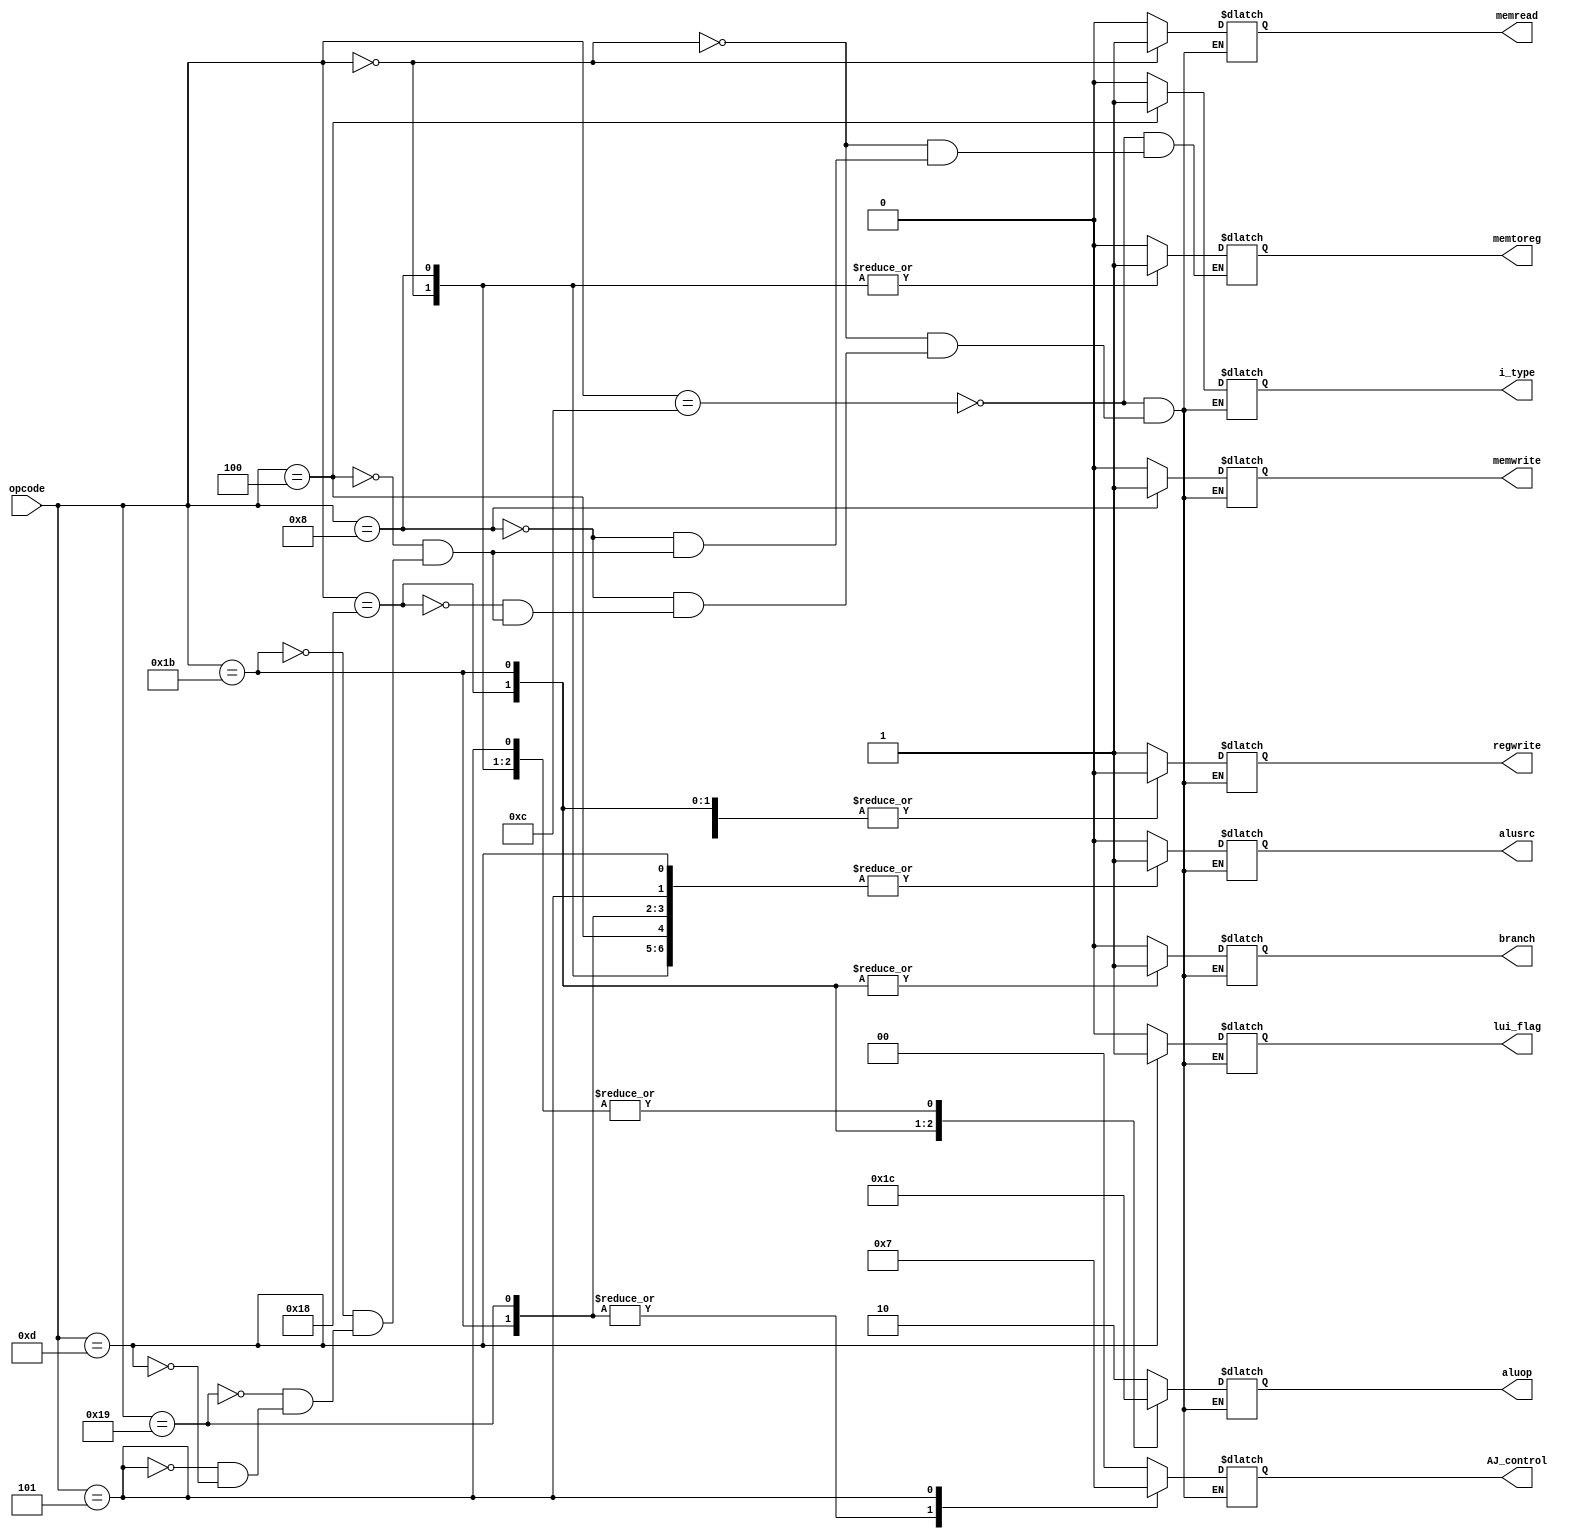
`timescale 1ns / 1ps

module Control_unit(input [6:2]opcode, output reg branch,
output reg  memread,output reg  memtoreg,
output reg [1:0]aluop,output reg memwrite, output reg  alusrc,output reg regwrite,
output reg i_type,
output reg [1:0] AJ_control,
output reg lui_flag 

);

always @(*)
begin
case(opcode) 
5'b01100 : 
begin 
 branch=0;
  memread=0;
   memtoreg=0;
 aluop=10;
  memwrite=0; 
   alusrc=0;
    regwrite=1;
i_type=0;
lui_flag=0;
AJ_control=2'b00;
end
5'b00000 :
begin 
 branch=0;
  memread=1;
   memtoreg=1;
 aluop=00;
  memwrite=0; 
   alusrc=1;
    regwrite=1;
i_type=0;
lui_flag=0;
AJ_control=2'b00;
end
5'b01000:
begin 
 branch=0;
  memread=0;
   memtoreg=1;
 aluop=00;
  memwrite=1; 
   alusrc=1;
    regwrite=0;
i_type=0;
lui_flag=0;
AJ_control=2'b00;
end
5'b11000:
begin 
 branch=1;
  memread=0;
  // memtoreg=1;
 aluop=01;
  memwrite=0; 
   alusrc=0;
    regwrite=0;
    i_type=0;
    lui_flag=0;
    AJ_control=2'b00;
    end
5'b00100:
begin 
 branch=0;
  memread=0;
   memtoreg=0;
 aluop=10;
  memwrite=0; 
   alusrc=1;
    regwrite=1;
    i_type=1;
    lui_flag=0;
    AJ_control=2'b00;
    end
  5'b11011: //jal
  begin
   branch=1;
   memread=0;
    memtoreg=0;
  aluop=11;
   memwrite=0; 
    alusrc=1;
     regwrite=0;
     i_type=0;
     lui_flag=0;
     AJ_control=2'b01;
     
end
 5'b11001: //jalr
 begin
  branch=0;
   memread=0;
    memtoreg=0;
  aluop=10;
   memwrite=0; 
    alusrc=1;
     regwrite=1;
     lui_flag=0;
     i_type=0;
 AJ_control=2'b01;
 end
  5'b00101: //auipc
begin
  branch=0;
 memread=0;
  memtoreg=0;
aluop=00;  //add as load 
 memwrite=0; 
  alusrc=1;
  lui_flag=0;
   regwrite=1;
   i_type=0;
   AJ_control=2'b11;
end
 5'b01101:      //lui
 begin
  branch=0;
 memread=0;
  memtoreg=0;
aluop=10; 
 memwrite=0; 
  alusrc=1;
   regwrite=1;
   i_type=0;
   lui_flag=1;
   AJ_control=2'b00;
 end
endcase
end

endmodule